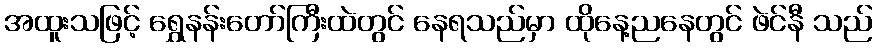
အထူးသဖြင့် ရွှေနန်းတော်ကြီးထဲတွင် နေရသည်မှာ ထိုနေ့ညနေတွင် ဖဲင်နီ သည်